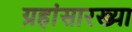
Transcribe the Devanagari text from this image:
ग्रहांसारख्या